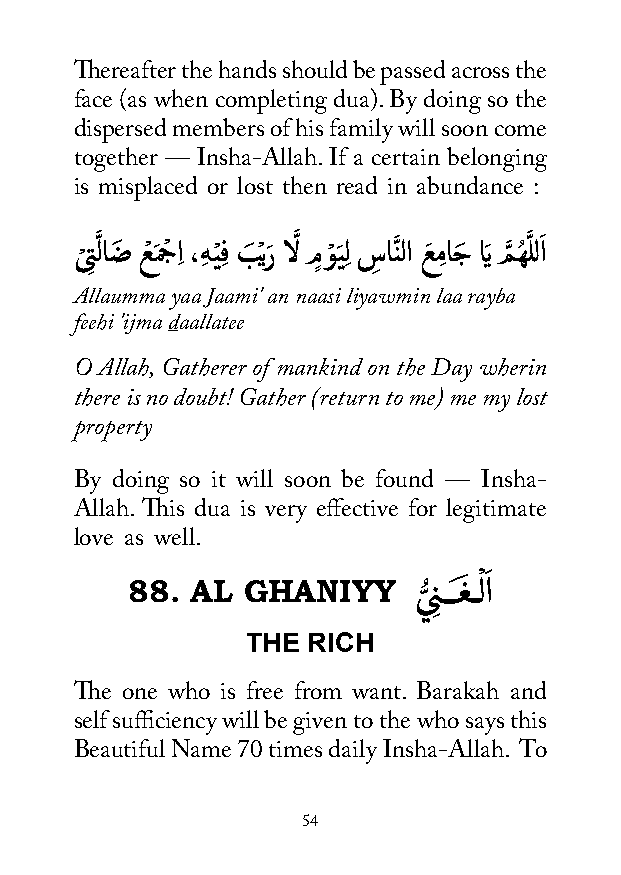
Thereafter the hands should be passed across the
 face (as when completing dua). By doing so the
 dispersed members of his family will soon come
 together — Insha-Allah. If a certain belonging
 is misplaced or lost then read in abundance :
 ى
 ْ
 ِتَّ لاضَ عْ مَ جْ اِ ،هِ يْ ِف بَ ْيرَ الَّ مٍ وْ يَِل سِ انَّ لا عَ مِ اجَ اَي مَّ هُ َّ للاَ
 Allaumma yaa Jaami' an naasi liyawmin laa rayba
 feehi 'ijma daallatee
 O Allah, Gatherer of mankind on the Day wherin
 there is no doubt! Gather (return to me) me my lost
 property
 By doing so it will soon be found — Insha-
 Allah. This dua is very effective for legitimate
 love as well.
 88.  AL GHANIYY    ي
 ُّ
 نِ ـــغَ ـــْ لاَ
 THE RICH
 The one who is free from want. Barakah and
 self sufficiency will be given to the who says this
 Beautiful Name 70 times daily Insha-Allah. To
 54